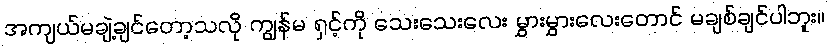
အကျယ်မချဲ့ချင်တော့သလို ကျွန်မ ရှင့်ကို သေးသေးလေး မွှားမွှားလေးတောင် မချစ်ချင်ပါဘူး။